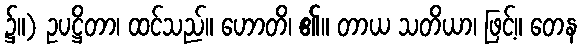
၌။) ဥပဋ္ဌိတာ၊ ထင်သည်။ ဟောတိ၊ ၏။ တာယ သတိယာ၊ ဖြင့်။ တေန